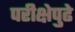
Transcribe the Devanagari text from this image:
परीक्षेपुढे